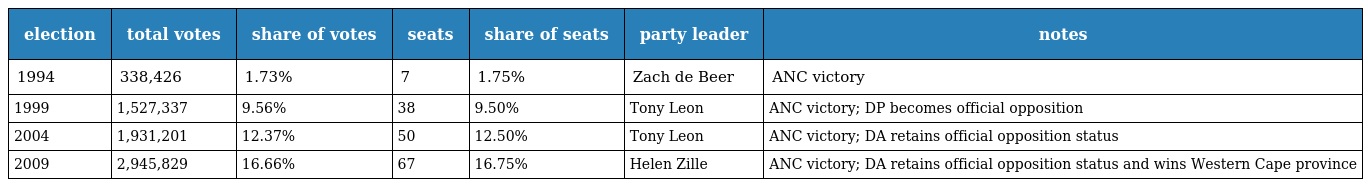
| election | total votes | share of votes | seats | share of seats | party leader | notes |
 | --- | --- | --- | --- | --- | --- | --- |
 | 1994 | 338,426 | 1.73% | 7 | 1.75% | Zach de Beer | ANC victory |
 | 1999 | 1,527,337 | 9.56% | 38 | 9.50% | Tony Leon | ANC victory; DP becomes official opposition |
 | 2004 | 1,931,201 | 12.37% | 50 | 12.50% | Tony Leon | ANC victory; DA retains official opposition status |
 | 2009 | 2,945,829 | 16.66% | 67 | 16.75% | Helen Zille | ANC victory; DA retains official opposition status and wins Western Cape province |